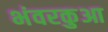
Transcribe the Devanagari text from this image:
भंवरकुआ